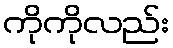
ကိုကိုလည်း